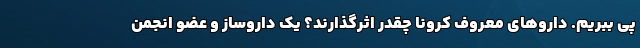
پی ببریم. داروهای معروف کرونا چقدر اثرگذارند؟ یک داروساز و عضو انجمن